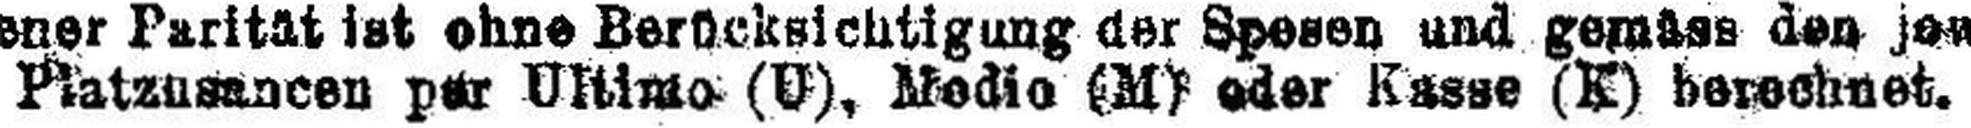
Platzusancen per Ultimo (U), Medio (M) oder Kasse (K) berechnet.